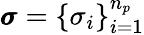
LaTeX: \pmb{\sigma}=\{ \sigma_{i}\} _{i=1}^{n_{p}}